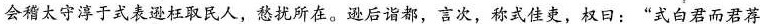
会稽太守淳于式\underset{·}{表}逊\underset{·}{枉}取民人，愁扰所在。逊后诣都，言次，称式佳吏，权日：”式白君而君荐